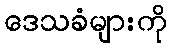
ဒေသခံများကို